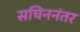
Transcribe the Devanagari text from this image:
सचिननंतर